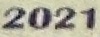
2021